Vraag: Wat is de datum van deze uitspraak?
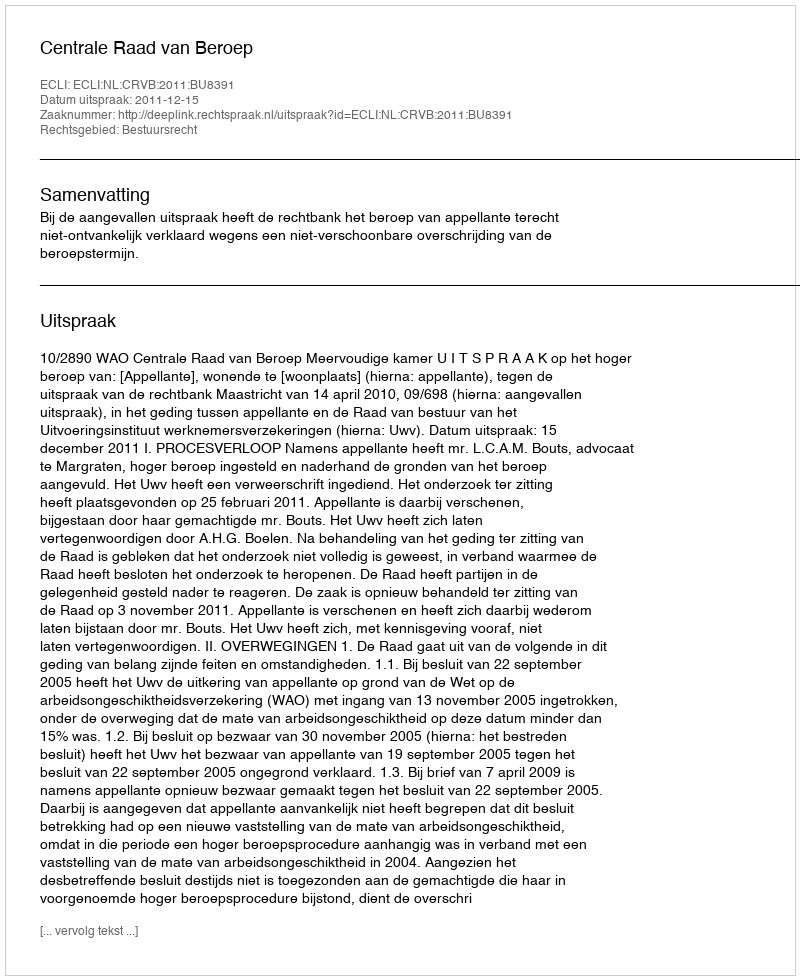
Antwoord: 2011-12-15